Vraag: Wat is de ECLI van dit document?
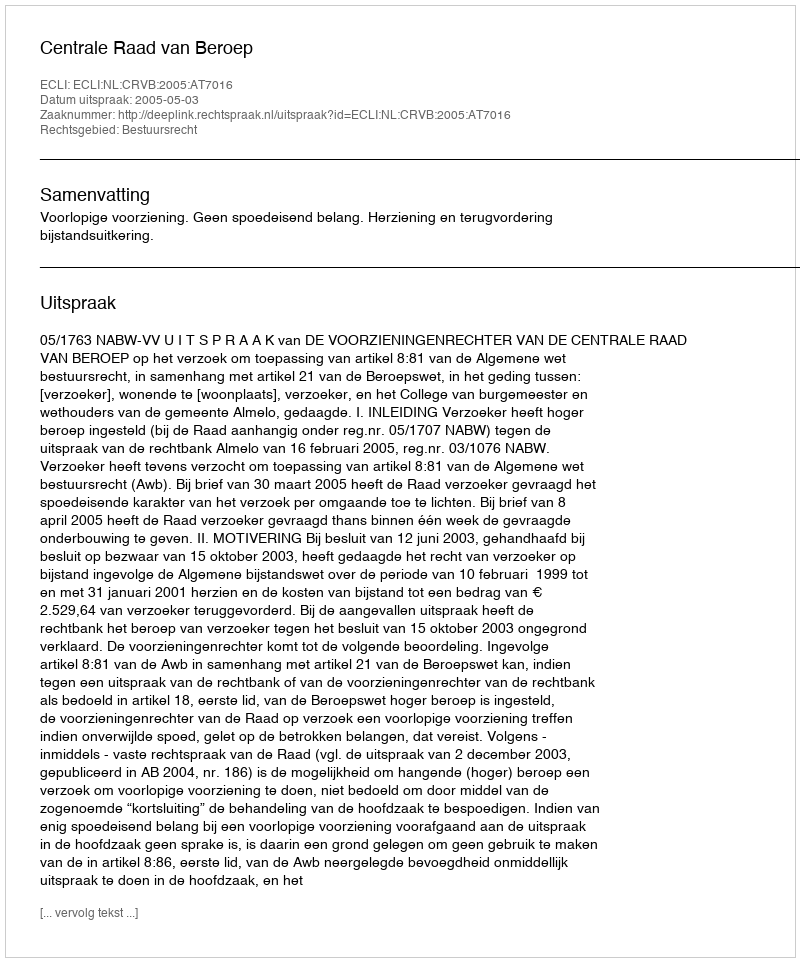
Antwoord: ECLI:NL:CRVB:2005:AT7016